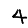
Digit: 4